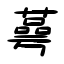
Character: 蕚